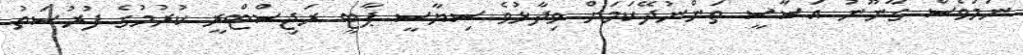
ނަމަވެސް ގާނޫނު އަސާސީ ތަންނުދޭކަމަށް ވިދާޅުވެ ސިޔާސީ ޕާޓީ ރަޖިސްޓްރީ ކުރުމުގެ ފުރުސަތު